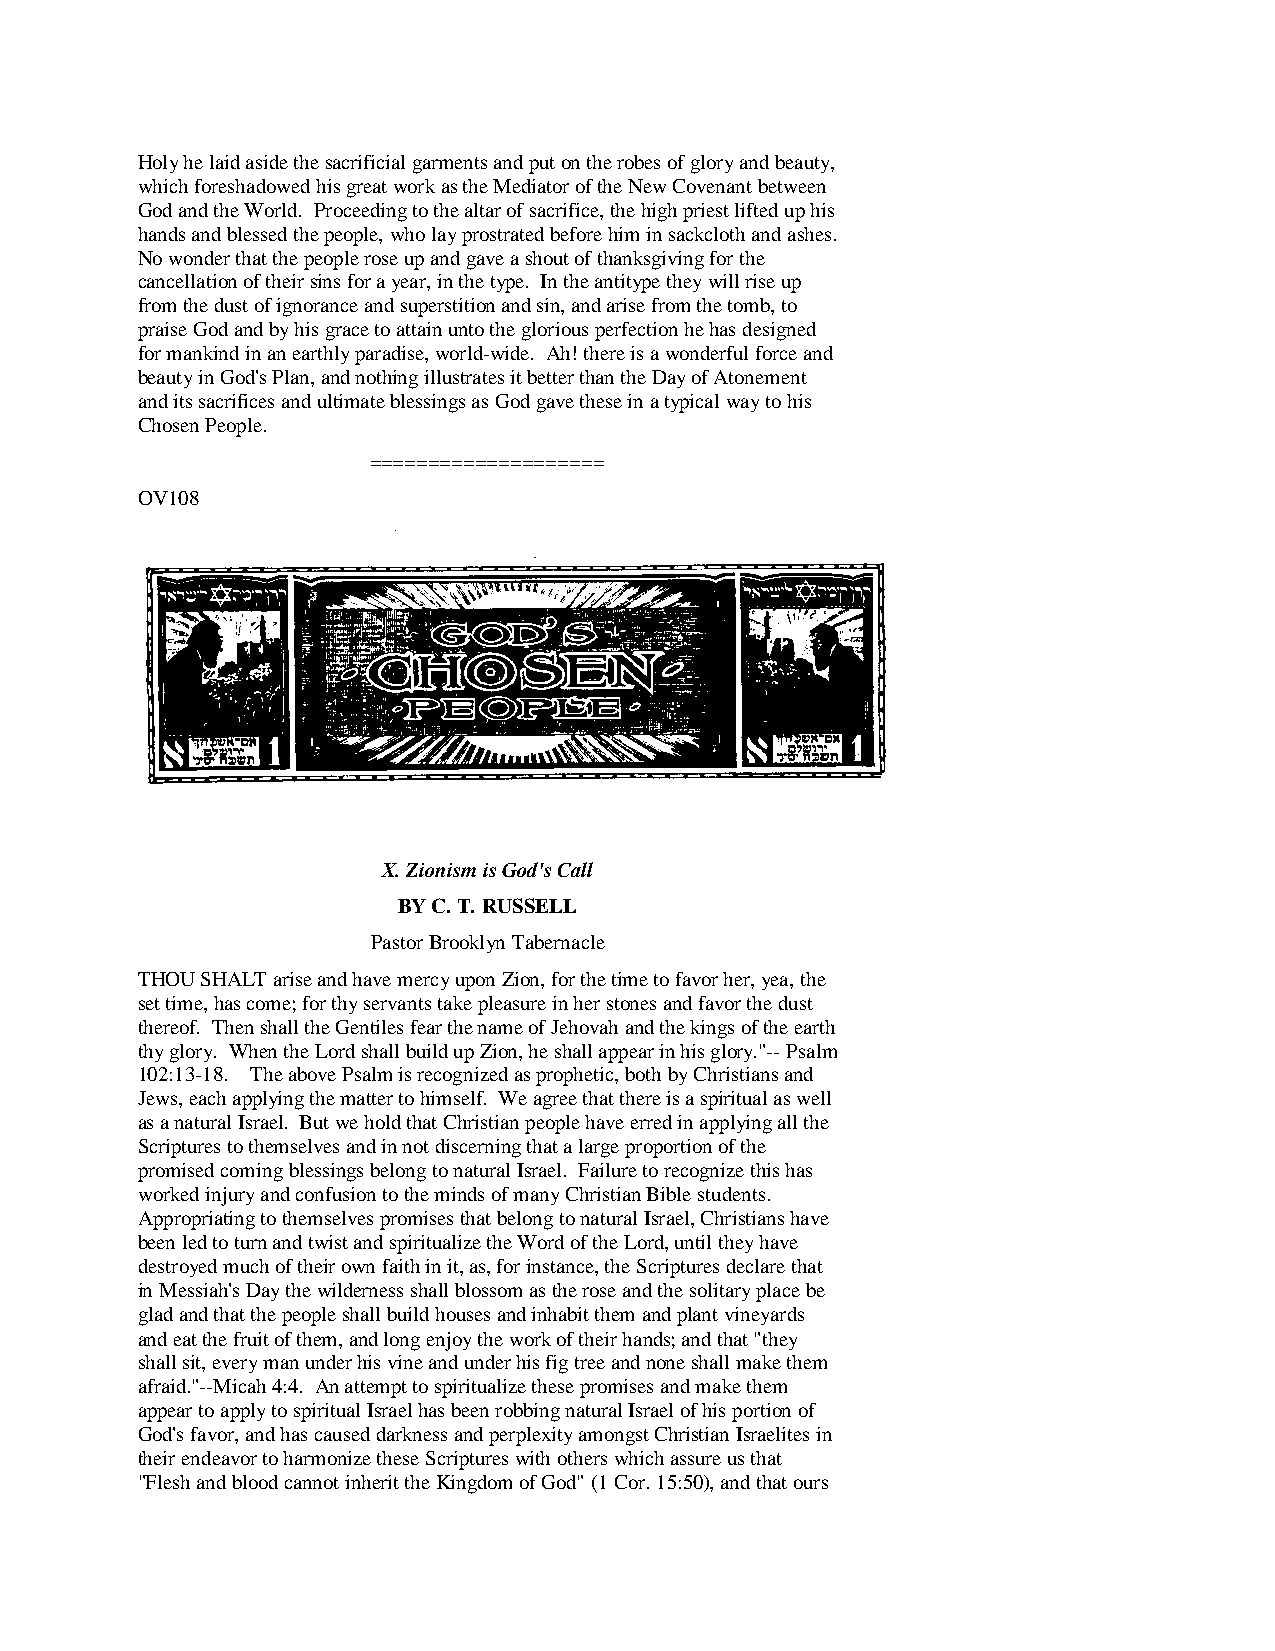
Holy he laid aside the sacrificial garments and put on the robes of glory and beauty,
 which foreshadowed his great work as the Mediator of the New Covenant between
 God and the World. Proceeding to the altar of sacrifice, the high priest lifted up his
 hands and blessed the people, who lay prostrated before him in sackcloth and ashes.
 No wonder that the people rose up and gave a shout of thanksgiving for the
 cancellation of their sins for a year, in the type. In the antitype they will rise up
 from the dust of ignorance and superstition and sin, and arise from the tomb, to
 praise God and by his grace to attain unto the glorious perfection he has designed
 for mankind in an earthly paradise, world-wide. Ah! there is a wonderful force and
 beauty in God's Plan, and nothing illustrates it better than the Day of Atonement
 and its sacrifices and ultimate blessings as God gave these in a typical way to his
 Chosen People.
 ====================
 OV108
 X. Zionism is God's Call
 BY C. T. RUSSELL
 Pastor Brooklyn Tabernacle
 THOU SHALT arise and have mercy upon Zion, for the time to favor her, yea, the
 set time, has come; for thy servants take pleasure in her stones and favor the dust
 thereof. Then shall the Gentiles fear the name of Jehovah and the kings of the earth
 thy glory. When the Lord shall build up Zion, he shall appear in his glory."-- Psalm
 102:13-18. The above Psalm is recognized as prophetic, both by Christians and
 Jews, each applying the matter to himself. We agree that there is a spiritual as well
 as a natural Israel. But we hold that Christian people have erred in applying all the
 Scriptures to themselves and in not discerning that a large proportion of the
 promised coming blessings belong to natural Israel. Failure to recognize this has
 worked injury and confusion to the minds of many Christian Bible students.
 Appropriating to themselves promises that belong to natural Israel, Christians have
 been led to turn and twist and spiritualize the Word of the Lord, until they have
 destroyed much of their own faith in it, as, for instance, the Scriptures declare that
 in Messiah's Day the wilderness shall blossom as the rose and the solitary place be
 glad and that the people shall build houses and inhabit them and plant vineyards
 and eat the fruit of them, and long enjoy the work of their hands; and that "they
 shall sit, every man under his vine and under his fig tree and none shall make them
 afraid."--Micah 4:4. An attempt to spiritualize these promises and make them
 appear to apply to spiritual Israel has been robbing natural Israel of his portion of
 God's favor, and has caused darkness and perplexity amongst Christian Israelites in
 their endeavor to harmonize these Scriptures with others which assure us that
 "Flesh and blood cannot inherit the Kingdom of God" (1 Cor. 15:50), and that ours